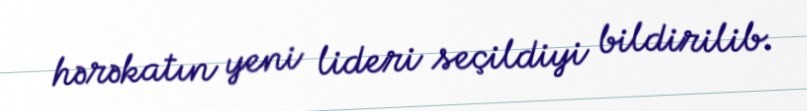
hərəkatın yeni lideri seçildiyi bildirilib.